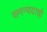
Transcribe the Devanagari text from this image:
समन्वयाची